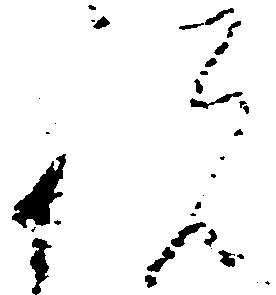
祝